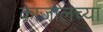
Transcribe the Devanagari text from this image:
काजोलच्या